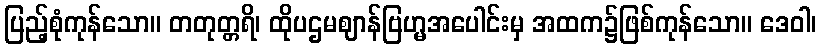
ပြည့်စုံကုန်သော။ တတုတ္တရိ၊ ထိုပဌမဈာန်ဗြဟ္မအပေါင်းမှ အထက၌ဖြစ်ကုန်သော။ ဒေဝါ၊